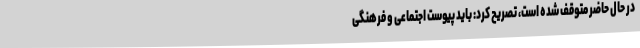
در حال حاضر متوقف شده است، تصریح کرد: باید پیوست اجتماعی و فرهنگی